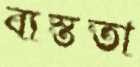
ব্যস্ততা